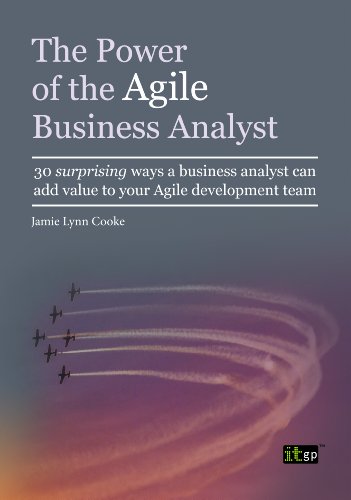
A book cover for The Power of the Agile Business Analyst; Jamie Lynn Cooke; Computers & Technology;